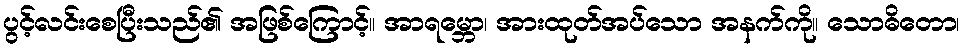
ပွင့်လင်းစေပြီးသည်၏ အဖြစ်ကြောင့်။ အာရမ္ဘော၊ အားထုတ်အပ်သော အနက်ကို။ သောဓိတော၊